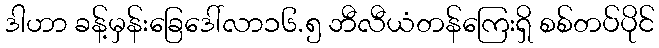
ဒါဟာ ခန့်မှန်းခြေဒေါ်လာ၁၆.၅ ဘီလီယံတန်ကြေးရှိ စစ်တပ်ပိုင်